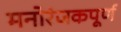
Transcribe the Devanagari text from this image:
मनोरंजकपूर्ण